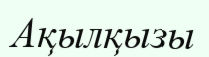
Ақылқызы